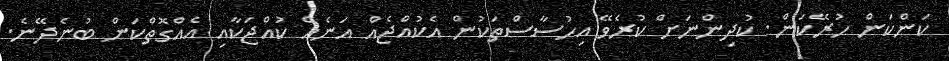
ކަންކަން ހުރޭކަން. ކުދިންނަށް ކުރެވޭ އިހުސާސްތަކުން އެކުއްޖެއް އަނެއް ކުއްޖަކާއި އެއްގޮތްކަން ބުނެދޭނެ.